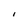
Character: l